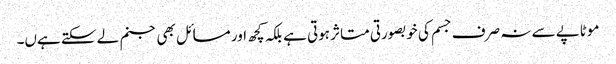
موٹاپے سے نہ صرف جسم کی خوبصورتی متاثر ہوتی ہے بلکہ کچھ اور مسائل بھی جنم لے سکتے ہےں۔